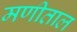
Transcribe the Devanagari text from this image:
मणीताल